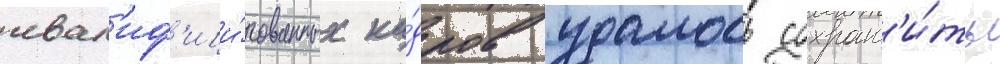
квал'иф'ици́рованных ка́дров удалось сохран'и́ть